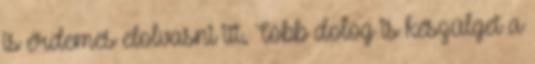
is érdemes elolvasni itt. Több dolog is készülget a